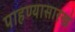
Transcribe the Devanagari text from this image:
पाहण्यासारखं